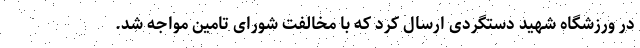
در ورزشگاه شهید دستگردی ارسال کرد که با مخالفت شورای تامین مواجه شد.